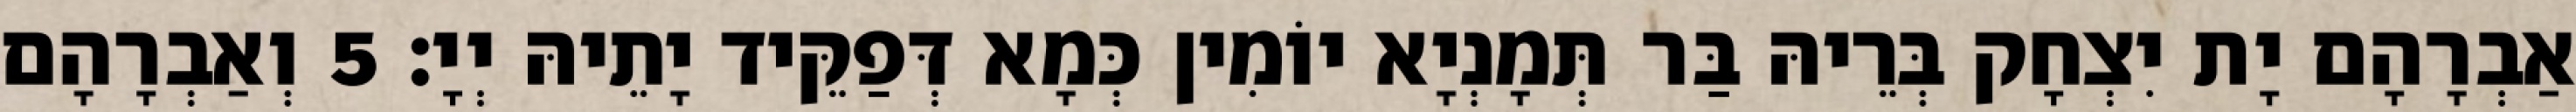
אַבְרָהָם יָת יִצְחָק בְּרֵיהּ בַּר תְּמָנְיָא יוֹמִין כְּמָא דְּפַקֵּיד יָתֵיהּ יְיָ׃ 5 וְאַבְרָהָם